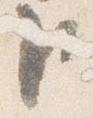
臣